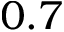
0 . 7